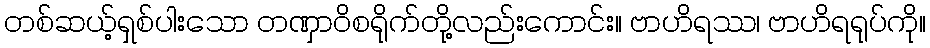
တစ်ဆယ့်ရှစ်ပါးသော တဏှာဝိစရိုက်တို့လည်းကောင်း။ ဗာဟိရဿ၊ ဗာဟိရရုပ်ကို။